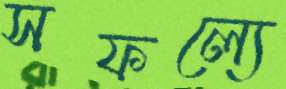
সফল্যে